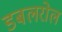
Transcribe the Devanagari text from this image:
डबलरोल